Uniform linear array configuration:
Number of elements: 48
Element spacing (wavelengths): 0.75
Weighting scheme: hann
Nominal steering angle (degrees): -45
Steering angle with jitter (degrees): -43.723
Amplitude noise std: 0.05
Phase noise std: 0.05

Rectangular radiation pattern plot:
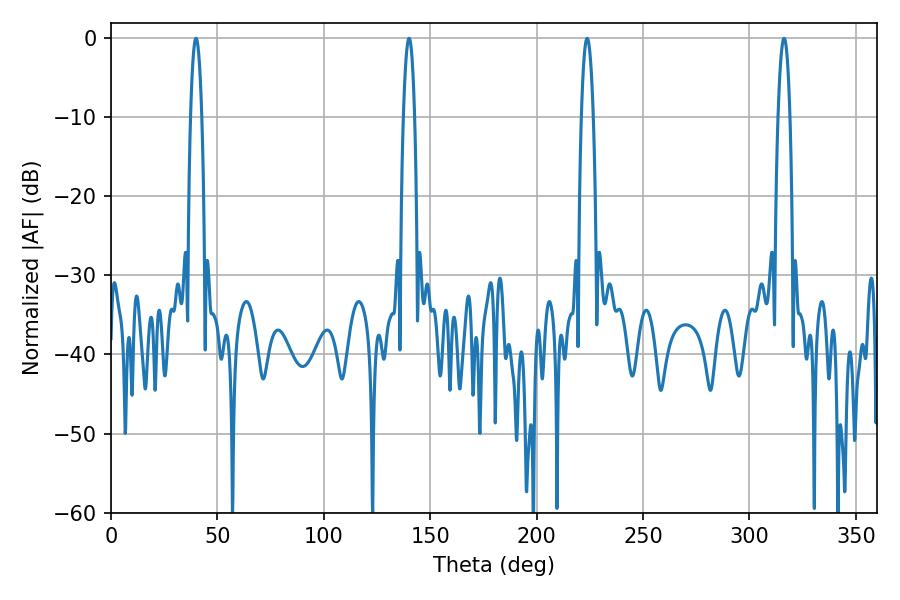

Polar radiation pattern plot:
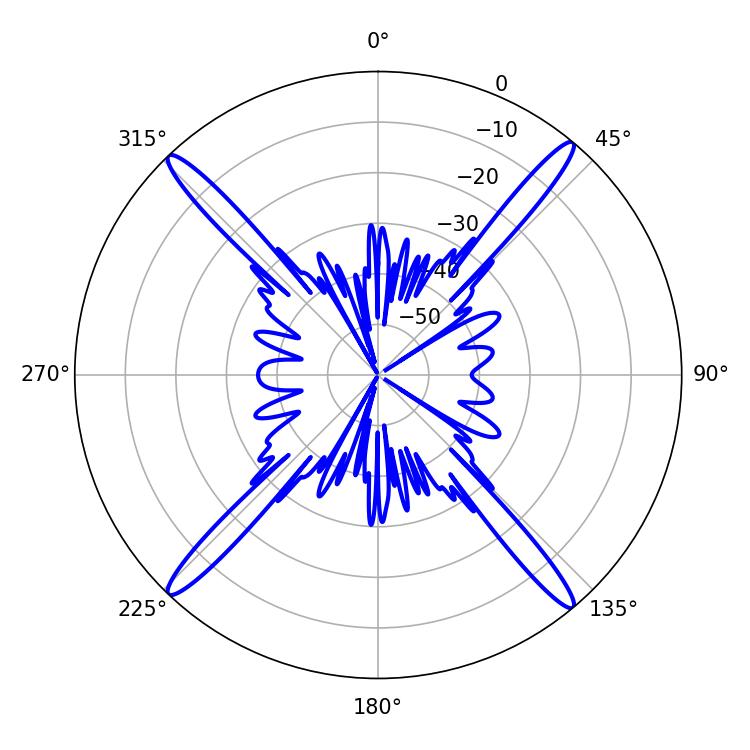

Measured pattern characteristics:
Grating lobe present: TRUE
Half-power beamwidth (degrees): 2.88
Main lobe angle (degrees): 39.96